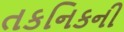
તકનિકની